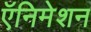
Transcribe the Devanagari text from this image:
ऍनिमेशन